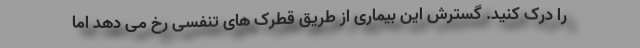
را درک کنید. گسترش این بیماری از طریق قطرک های تنفسی رخ می دهد اما